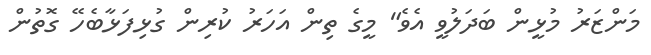
މަންޒަރު މުޅީން ބަދަލުވީ އެވެ" މީގެ ތިން އަހަރު ކުރިން ގުޅިފަޅާބެހޭ ގޮތުން